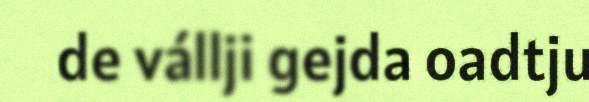
de vállji gejda oadtju